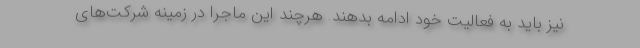
نیز باید به فعالیت خود ادامه بدهند. هرچند این ماجرا در زمینه شرکت‌های